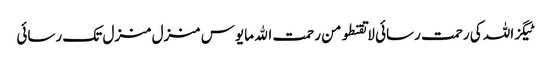
ٹیگزاللہ کی رحمت رسائی لا تقنطو من رحمت الله مایوس منزل منزل تک رسائی